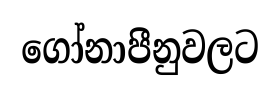
ගෝනාපීනුවලට